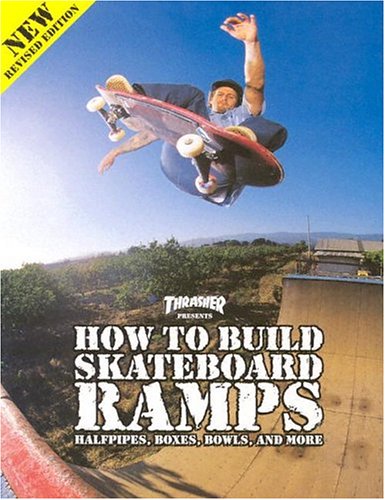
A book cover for Thrasher Presents How to Build Skateboard Ramps, Halfpipes, Boxes, Bowls and More; Thrasher Magazine; Sports & Outdoors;